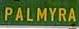
palmyra